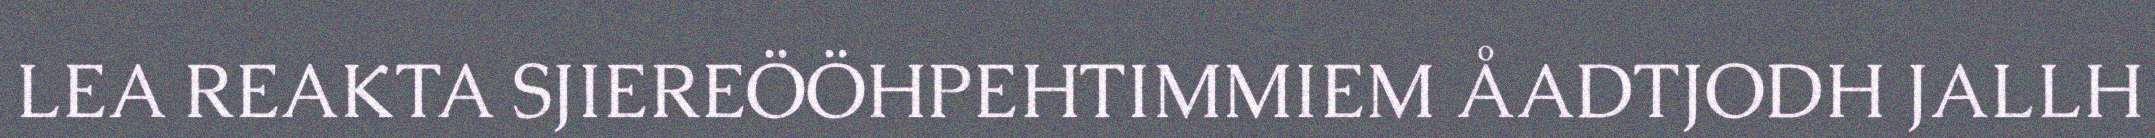
LEA REAKTA SJIEREÖÖHPEHTIMMIEM ÅADTJODH JALLH